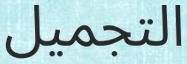
التجمیل